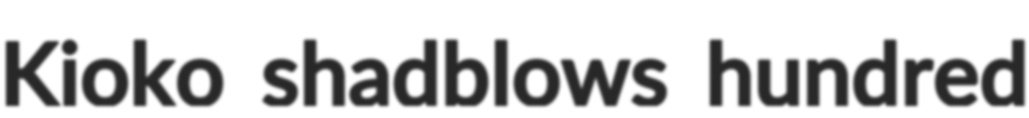
Kioko shadblows hundred